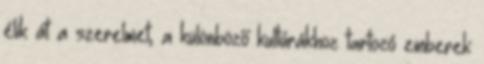
élik át a szerelmet, a különböző kultúrákhoz tartozó emberek